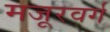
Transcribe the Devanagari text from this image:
मजूरवर्ग